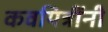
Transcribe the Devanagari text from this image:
कवयित्रींनी